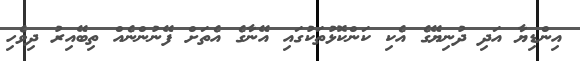
އިންޑިޔާ އަދި ދުނިޔޭގެ އެކި ކަންކޮޅުތަކުގައި އޭނާގެ އެތަށް ފޭނުންނެއް ތިބޭއިރު ދިވެހި